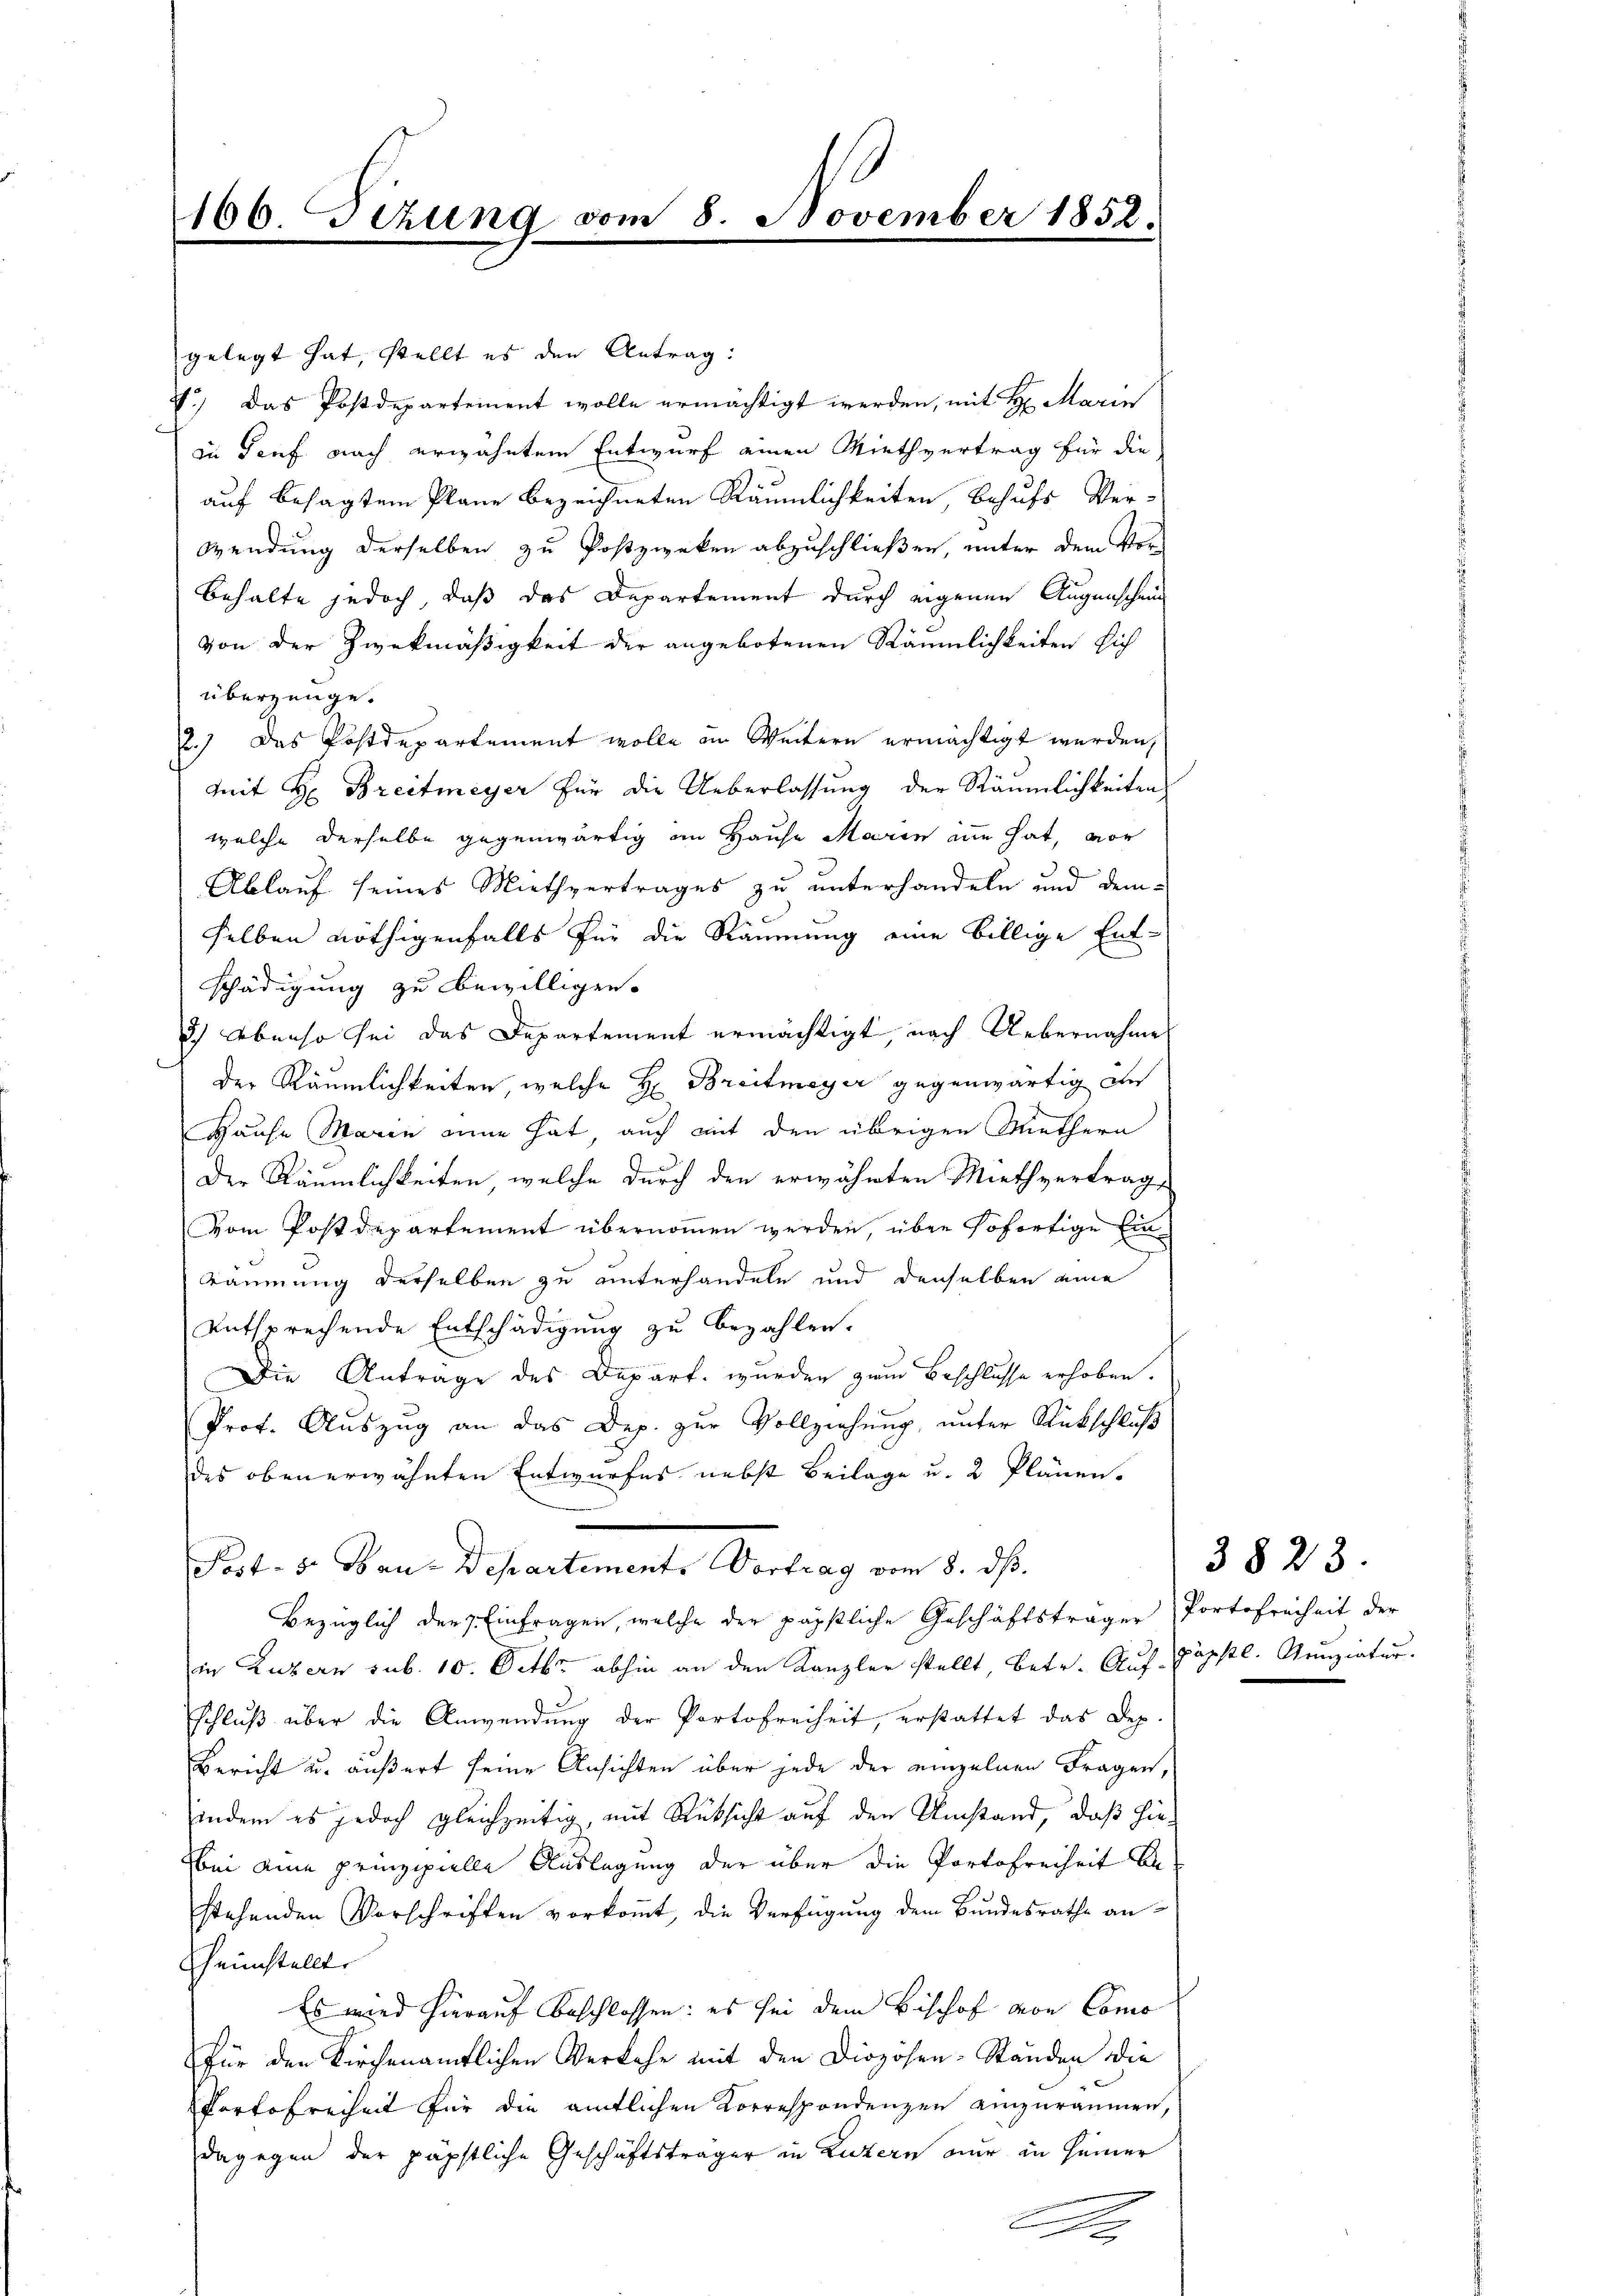
166. Sitzung von
e

gelegt hat, stellt es den Antrag:
4.) Das Postdepartement wolle ermächtigt werden, mit H. Marin
in Genf nach erwähntem Entwurf einen Miethvertrag für die
auf besagten Plane bezeichneten Räumlichkeiten, Behufs Ver-
Wendung derselben zu Postzweken abzuschließen, unter dem Vor-
behalte jedoch, daß das Departement durch eigenen Augenschein
von der Zweckmäßigkeit der angebotenen Räumlichkeiten sich
überzeuge.
2.) Das Postdepartement wolle in Weitern ermächtigt werden,
Mit H: Breitmeyer für die Ueberlassung der Räumlichkeiten
welche derselbe gegenwärtig an Hause Maren in hat, vor
Ablauf seines Miethvertrages zu unterhandeln und demselben nöthigenfalls für die Räumung eine billige Entschädigung zu bewilligen.
d.) Ebenso sei das Departement ermächtigt, nach Uebernahme
Der Räumlichkeiten, welche H: Breitmeyer gegenwärtig a
Hause Maren eine hat, auch mit den übrigen Miethern
Der Räumlichkeiten, welche durch den erwähnten Miethvertrag
Vom Postdepartement übernommen werden, über sofortige Ein¬
Räumung derselben zu unterhandeln und denselben eine
entsprechende Entschädigung zu bezahlen.
Die Antrage des Depart wurden zum Beschlusse erhoben.
Prof. Auszug an das Dep. zur Vollziehung, unter Rückschluß
des oben erwähnten Entwurfes nebst Beilage u. 2 Plänen.
Post- 5. Bau-Departemente Vortrag vom 8. ds.
Bezüglich der Einfragen, welche der päpstliche Geschäftsträger Portofreiheit der
in Luzern sub. 10. Octbr. abhin an den Kanzler stellt, betr. Auf päpstl. Nunziatur.
schluß über die Anwendung der Partofreiheit, erstattet das Dep.
Bericht u. äußert seine Ansichten über jede der einzelnen Fragen,
indem es jedoch gleichzeitig, mit Rücksicht auf den Umstand, daß hiebei eine prinzipielle Auslegung der über die Portofreiheit Anstehenden Vorschriften vorkommt, die Verfügung dem Bundesrathe anheimstellte
Es wird hierauf beschlossen: es sei dem Bischof von Como
Für den Kirchenamtlichen Verkehr mit den Diozosen-Ständen die
Portofreiheit für die amtlichen Korrespondenzen einzuräumen,
dagegen der päpstliche Geschäftsträger in Luzern nur in seiner
A

8. November 1852.

3823.